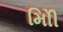
મોિી